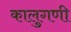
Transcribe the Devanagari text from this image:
कालुगणी